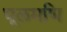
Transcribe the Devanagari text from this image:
धूलमणि